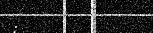
: